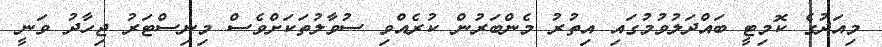
މިއަދުގެ ކޮމިޓީ ބައްދަލުވުމުގައި އިތުރު މެންބަރުން ކުރެއްވި ސުވާލުތަކަށްވެސް މިނިސްޓަރު ޖިހާދު ވަނީ